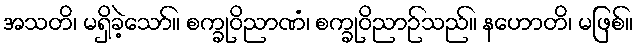
အသတိ၊ မရှိခဲ့သော်။ စက္ခုဝိညာဏံ၊ စက္ခုဝိညာဉ်သည်။ နဟောတိ၊ မဖြစ်။